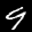
Label: 9